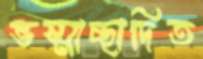
ভস্মাচ্ছাদিত